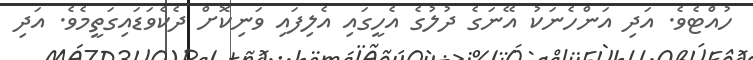
ހުއްޓެވެ. އަދި އަންހެނަކު އޭނަގެ ދުލުގެ އެހީގައި އެލިފައި ވަނިކޮށް ދެކެވަޑައިގަތީމެވެ. އަދި